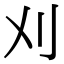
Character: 刈